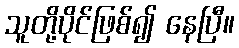
သူတို့ပိုင်ဖြစ်၍ နေပြီ။